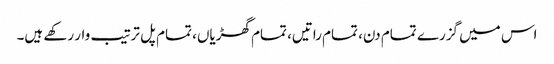
اس میں گزرے تمام دن، تمام راتیں، تمام گھڑیاں، تمام پل ترتیب وار رکھے ہیں۔